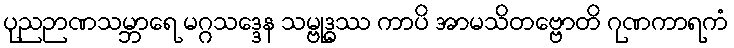
ပုညဉာဏသမ္ဘာရေ မဂ္ဂသဒ္ဒေန သမ္ဗုဒ္ဓဿ ကာပိ အာမသိတဗ္ဗောတိ ဂုဏကာရကံ